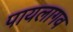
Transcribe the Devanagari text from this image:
पायलागव